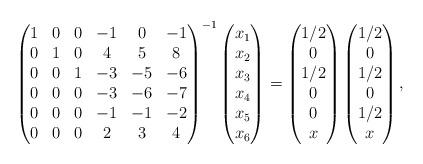
LaTeX: \begin{align*}\begin{pmatrix}1 & 0 & 0 & -1 & 0 & -1\\0 & 1 & 0 & 4 & 5 & 8\\0 & 0 & 1 & -3 & -5 & -6\\0 & 0 & 0 & -3 & -6 & -7\\0 & 0 & 0 & -1 & -1 & -2\\0 & 0 & 0 & 2 & 3 & 4\end{pmatrix}^{-1}\begin{pmatrix}x_{1}\\x_{2}\\x_{3}\\x_{4}\\x_{5}\\x_{6}\end{pmatrix}=\begin{pmatrix}1/2\\0\\1/2\\0\\0\\x\end{pmatrix}\begin{pmatrix}1/2\\0\\1/2\\0\\1/2\\x\end{pmatrix},\end{align*}